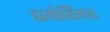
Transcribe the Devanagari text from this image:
डायोशियस